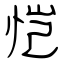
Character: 恺